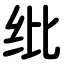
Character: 纰